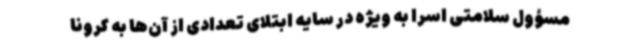
مسؤول سلامتی اسرا به ویژه در سایه ابتلای تعدادی از آن‌ها به کرونا